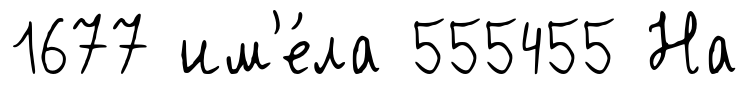
1677 им'е́ла 555455 На